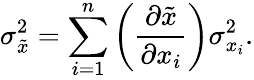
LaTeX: \sigma_{\tilde{x}}^{2}=\sum_{i=1}^{n}\bigg(\frac{\partial\tilde{x}}{\partial x_{i}}\bigg)\sigma_{x_{i}}^{2}.